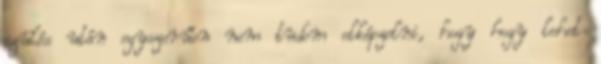
szülés után egyszerűen nem tudom elképzelni, hogy hogy lehet